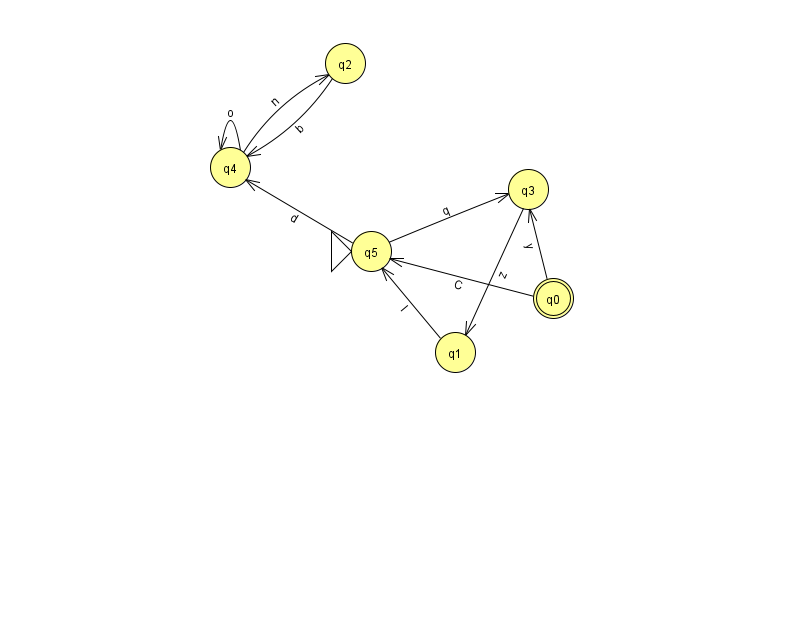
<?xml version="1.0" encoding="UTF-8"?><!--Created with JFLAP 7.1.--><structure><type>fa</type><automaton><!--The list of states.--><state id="0" name="q0"><x>553.0</x><y>285.0</y><final/></state><state id="1" name="q1"><x>455.0</x><y>339.0</y></state><state id="2" name="q2"><x>345.0</x><y>50.0</y></state><state id="3" name="q3"><x>528.0</x><y>176.0</y></state><state id="4" name="q4"><x>230.0</x><y>154.0</y></state><state id="5" name="q5"><x>371.0</x><y>238.0</y><initial/></state><!--The list of transitions.--><transition><from>0</from><to>3</to><read>y</read></transition><transition><from>4</from><to>2</to><read>n</read></transition><transition><from>0</from><to>5</to><read>C</read></transition><transition><from>3</from><to>1</to><read>z</read></transition><transition><from>1</from><to>5</to><read>I</read></transition><transition><from>5</from><to>4</to><read>d</read></transition><transition><from>5</from><to>3</to><read>q</read></transition><transition><from>2</from><to>4</to><read>b</read></transition><transition><from>4</from><to>4</to><read>o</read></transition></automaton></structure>